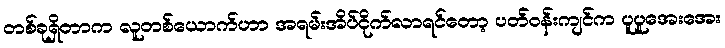
တစ်ခုရှိတာက လူတစ်ယောက်ဟာ အရမ်းအိပ်ငိုက်လာရင်တော့ ပတ်ဝန်းကျင်က ပူပူအေးအေး